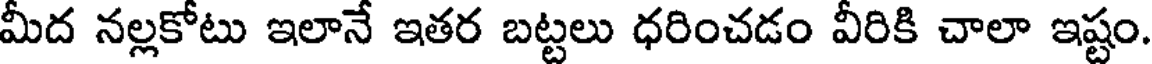
మీద నల్లకోటు ఇలానే ఇతర బట్టలు ధరించడం వీరికి చాలా ఇష్టం.